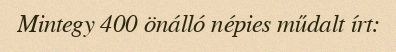
Mintegy 400 önálló népies műdalt írt: